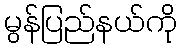
မွန်ပြည်နယ်ကို